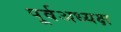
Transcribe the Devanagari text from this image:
पूर्वअध्यक्ष